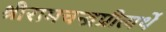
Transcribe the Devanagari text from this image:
श्रीरामचन्द्रप्रीत्यर्थे